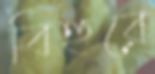
বিহুরে